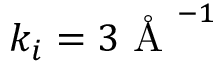
k _ { i } = 3 \mathrm { ~ \AA ~ } ^ { - 1 }